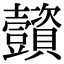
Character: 𧹌